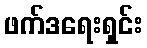
ဖက်ဒရေးရှင်း